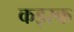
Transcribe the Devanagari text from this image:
कइस्क